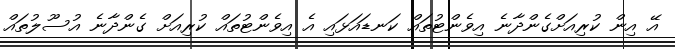
އޭ އިން ކުރިއަށްގެންދާނެ އިވެންޓުތައް ކަނޑައަޅައި އެ އިވެންޓުތައް ކުރިއަށް ގެންދާނެ އުސޫލުތައް